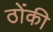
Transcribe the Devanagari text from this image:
ठोंकी